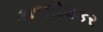
કાજરોલકર